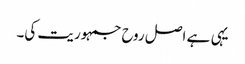
یہی ہے اصل روح جمہوریت کی۔